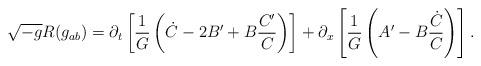
LaTeX: \begin{align*}\sqrt{-g}R(g_{ab}) =\partial_t\left[\frac{1}{G}\left (\dot C-2B^\prime +B\frac{C^\prime}{C}\right )\right ]+\partial_x\left[\frac{1}{{G}}\left (A^\prime -B\frac{\dot C}{C}\right )\right ].\end{align*}